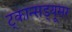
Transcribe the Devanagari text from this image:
ट्कान्सड्यूसर